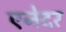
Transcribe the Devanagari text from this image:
एनेदर